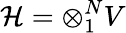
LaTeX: {\cal H}=\otimes_{1}^{N}V